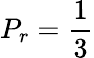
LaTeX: P_{r}=\frac{1}{3}